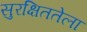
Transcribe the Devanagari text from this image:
सुरक्षिततेला